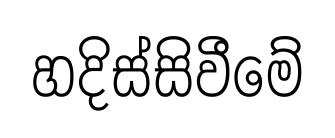
හදිස්සිවීමේ